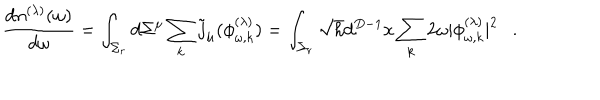
LaTeX: { \frac { d n ^ { ( \lambda ) } ( \omega ) } { d \omega } } = \int _ { \Sigma _ { r } } d \Sigma ^ { \mu } \sum _ { k } \tilde { j } _ { \mu } ( \phi _ { \omega , k } ^ { ( \lambda ) } ) = \int _ { \Sigma _ { r } } \sqrt { h } d ^ { D - 1 } x \sum _ { k } 2 \omega | \phi _ { \omega , k } ^ { ( \lambda ) } | ^ { 2 } .